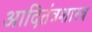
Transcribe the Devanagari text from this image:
आदितंत्रशास्त्र